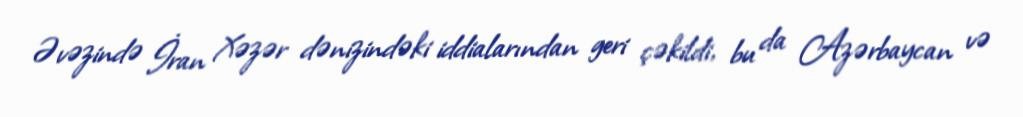
Əvəzində İran Xəzər dənizindəki iddialarından geri çəkildi, bu da Azərbaycan və